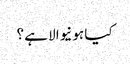
کیا ہونیوالا ہے ؟